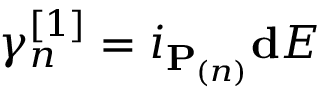
\gamma _ { n } ^ { [ 1 ] } = i _ { \mathbf { P } _ { ( n ) } } \mathbf { d } E